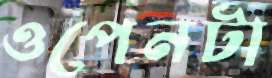
ওপেনটা